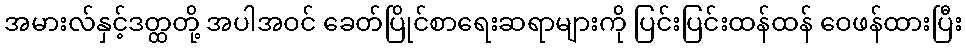
အမားလ်နှင့်ဒတ္ထတို့ အပါအဝင် ခေတ်ပြိုင်စာရေးဆရာများကို ပြင်းပြင်းထန်ထန် ဝေဖန်ထားပြီး